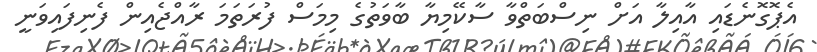
އެޕޮގޮނެޑައި އާއިލާ އަށް ނިސްބަތްވާ ސާކޭމިޔާ ބާވަތުގެ މިމަސް ފުރަތަމަ ރާއްޖެއިން ފެނިފައިވަނީ